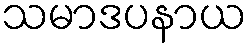
သမာဒပနာယ